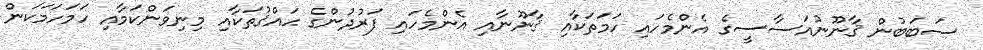
ސަބަބުން ޤާނޫނުއަސާސީގެ އެންމެހައި ހަމަތަކާއި ޤާނޫނާއި އެންމެހައި ފަރުދުންގެ ޙައްޤުތަކާއި މިނިވަންކަމާއި ހަމަހަމަކަން